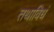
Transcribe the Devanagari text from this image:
तथाविधं